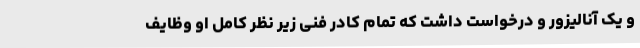
و یک آنالیزور و درخواست داشت که تمام کادر فنی زیر نظر کامل او وظایف